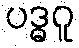
ပဒ္ဓဂူ